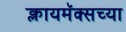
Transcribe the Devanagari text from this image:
क्लायमॅक्सच्या